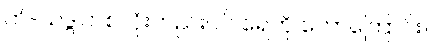
ကံ-သဒ္ဂါတစ်လုံးတည်းပင် ရေကို ဟောကြောင်း။